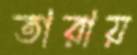
তারায়